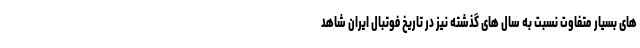
های بسیار متفاوت نسبت به سال های گذشته نیز در تاریخ فوتبال ایران شاهد